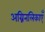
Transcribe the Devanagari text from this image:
अग्निनलिकाएँ